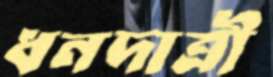
ধনদাত্রী